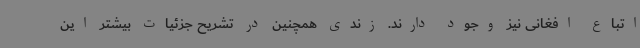
اتباع افغانی نیز وجود دارند. زندی همچنین در تشریح جزئیات بیشتر این